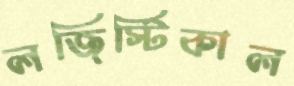
লজিস্টিকাল